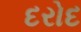
દરોદ